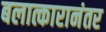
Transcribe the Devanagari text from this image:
बलात्कारानंतर